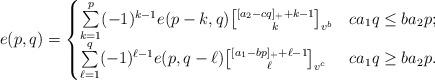
LaTeX: \begin{align*}e(p,q)= \begin{cases} \sum\limits_{k=1}^p(-1)^{k-1}e(p-k,q){[a_2-cq]_++k-1\brack k}_{v^b} & ca_1q\le ba_2p;\\ \sum\limits_{\ell=1}^q(-1)^{\ell-1}e(p,q-\ell){[a_1-bp]_++\ell-1\brack \ell}_{v^c} & ca_1q\ge ba_2p.\\ \end{cases}\end{align*}